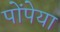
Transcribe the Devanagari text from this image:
पोंपेया